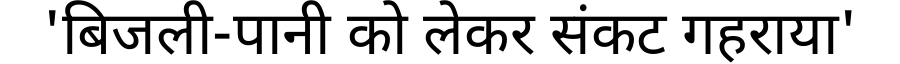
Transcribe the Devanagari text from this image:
'बिजली-पानी को लेकर संकट गहराया'